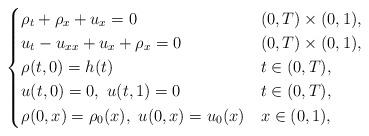
LaTeX: \begin{align*}\begin{dcases}\rho_t+\rho_x +u_{x} =0 & (0,T)\times (0,1),\\u_{t} -u_{xx} +u_x +\rho_x =0 & (0,T)\times (0,1),\\\rho(t,0)= h(t) & t\in (0,T) , \\u(t,0)=0, \ u(t,1)=0 & t\in (0,T) ,\\\rho(0,x)=\rho_0(x),\ u(0,x)=u_0(x) & x\in(0,1),\end{dcases}\end{align*}